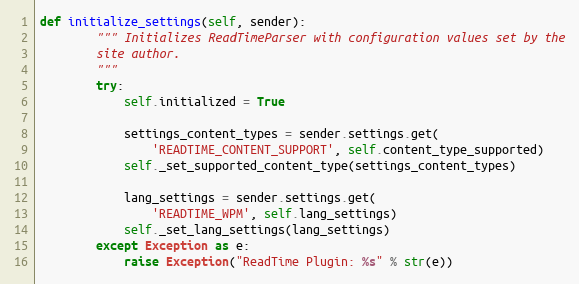
Language: Python
def initialize_settings(self, sender):
        """ Initializes ReadTimeParser with configuration values set by the
        site author.
        """
        try:
            self.initialized = True

            settings_content_types = sender.settings.get(
                'READTIME_CONTENT_SUPPORT', self.content_type_supported)
            self._set_supported_content_type(settings_content_types)

            lang_settings = sender.settings.get(
                'READTIME_WPM', self.lang_settings)
            self._set_lang_settings(lang_settings)
        except Exception as e:
            raise Exception("ReadTime Plugin: %s" % str(e))